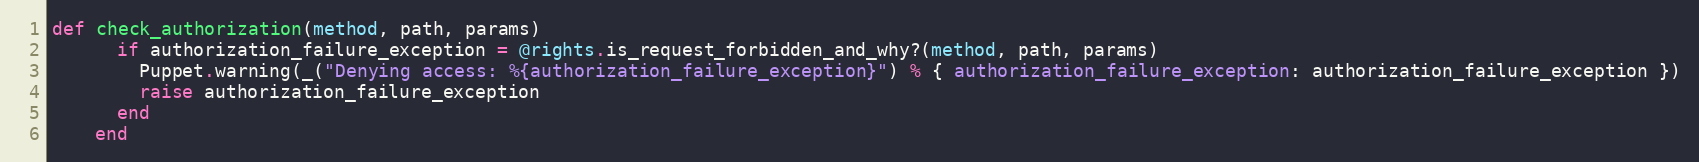
Language: Ruby
def check_authorization(method, path, params)
      if authorization_failure_exception = @rights.is_request_forbidden_and_why?(method, path, params)
        Puppet.warning(_("Denying access: %{authorization_failure_exception}") % { authorization_failure_exception: authorization_failure_exception })
        raise authorization_failure_exception
      end
    end